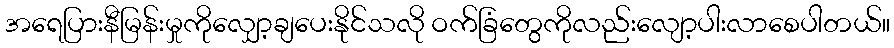
အရေပြားနီမြန်းမှုကိုလျှော့ချပေးနိုင်သလို ဝက်ခြံတွေကိုလည်းလျော့ပါးလာစေပါတယ်။